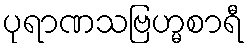
ပုရာဏသဗြဟ္မစာရီ